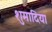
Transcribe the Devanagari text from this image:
शुमादिया